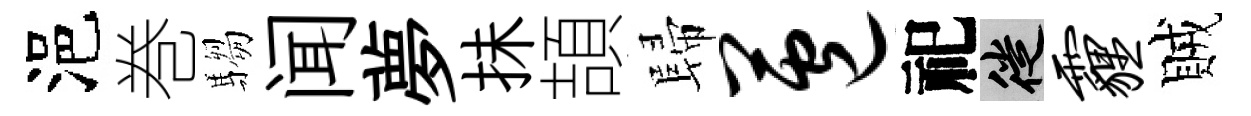
浥巻騶闻夢抺頡歸苞祀徙霾賊